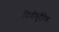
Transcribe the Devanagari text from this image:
वेसिकोयुटेरिक